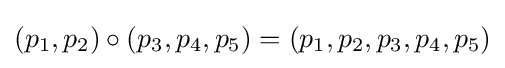
(p_{1},p_{2})\circ (p_{3},p_{4},p_{5})=(p_{1},p_{2},p_{3},p_{4},p_{5})